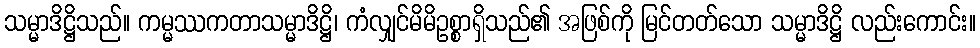
သမ္မာဒိဋ္ဌိသည်။ ကမ္မဿကတာသမ္မာဒိဋ္ဌိ၊ ကံလျှင်မိမိဥစ္စာရှိသည်၏ အဖြစ်ကို မြင်တတ်သော သမ္မာဒိဋ္ဌိ လည်းကောင်း။